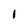
Character: I